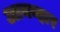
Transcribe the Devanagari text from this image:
आयव्हार